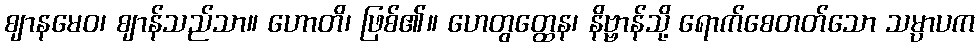
ဈာနမေဝ၊ ဈာန်သည်သာ။ ဟောတိ၊ ဖြစ်၏။ ဟေတွတ္ထေန၊ နိဗ္ဗာန်သို့ ရောက်စေတတ်သော သမ္ပာပက